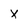
Character: x